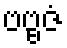
ဗဗ္ဗဇံ